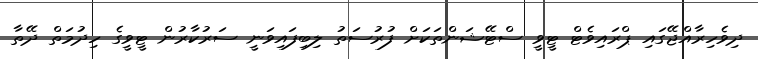
ދިވެހިރާއްޖޭގައި ޕްރައިވެޓް ޓީވީ ސްޓޭޝަންތަކަށް ފުރުސަތު ލިބިފައިވަނީ ސަރުކާރުން ޓީވީގެ ހިދުމަތް ދޭތާ